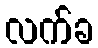
လက်ခ